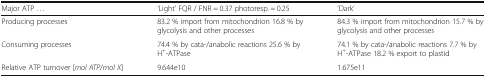
<table><thead><tr><td><b>Major ATP ...</b></td><td><b>‘Light’ FQR / FNR = 0.37 photoresp. = 0.25</b></td><td><b>‘Dark’</b></td></tr></thead><tbody><tr><td>Producing processes</td><td>83.2 % import from mitochondrion 16.8 % by glycolysis and other processes</td><td>84.3 % import from mitochondrion 15.7 % by glycolysis and other processes</td></tr><tr><td>Consuming processes</td><td>74.4 % by cata-/anabolic reactions 25.6 % by H<sup>+</sup>-ATPase</td><td>74.1 % by cata-/anabolic reactions 7.7 % by H<sup>+</sup>-ATPase 18.2 % export to plastid</td></tr><tr><td>Relative ATP turnover [<i>mol ATP</i>/<i>mol X</i>]</td><td>9.644e10</td><td>1.675e11</td></tr></tbody></table>